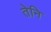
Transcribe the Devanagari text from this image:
तेनि